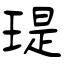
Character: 瑅